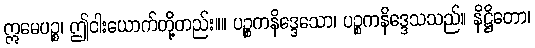
ဣမေပဉ္စ၊ ဤငါးယောက်တို့တည်း။။ ပဉ္စကနိဒ္ဒေသော၊ ပဉ္စကနိဒ္ဒေသသည်။ နိဋ္ဌိတော၊